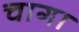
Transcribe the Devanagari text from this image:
चागा